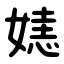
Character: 㜇